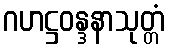
ဂဟဋ္ဌဝန္ဒနာသုတ္တံ